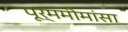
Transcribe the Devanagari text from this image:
पूर्ममीमांसा